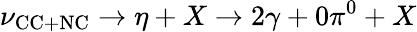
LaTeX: \nu_{\textrm{CC}+\textrm{NC}}\rightarrow\eta+X\rightarrow 2\gamma+0\pi^{0}+X